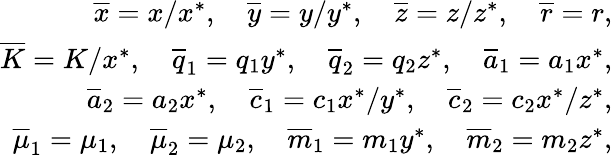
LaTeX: \begin{array}{r}{\overline{x}=x/x^{*},\quad\overline{y}=y/y^{*},\quad\overline{z}=z/z^{*},\quad\overline{r}=r,}\\ {\overline{K}=K/x^{*},\quad\overline{q}_{1}=q_{1}y^{*},\quad\overline{q}_{2}=q_{2}z^{*},\quad\overline{a}_{1}=a_{1}x^{*},}\\ {\overline{a}_{2}=a_{2}x^{*},\quad\overline{c}_{1}=c_{1}x^{*}/y^{*},\quad\overline{c}_{2}=c_{2}x^{*}/z^{*},}\\ {\overline{\mu}_{1}=\mu_{1},\quad\overline{\mu}_{2}=\mu_{2},\quad\overline{m}_{1}=m_{1}y^{*},\quad\overline{m}_{2}=m_{2}z^{*},}\end{array}